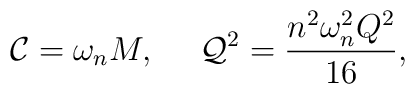
{\cal C}= \omega_n M, \ \ \ \ {\cal Q}^2 = \frac{n^2 \omega_n ^2 Q^2}{16},